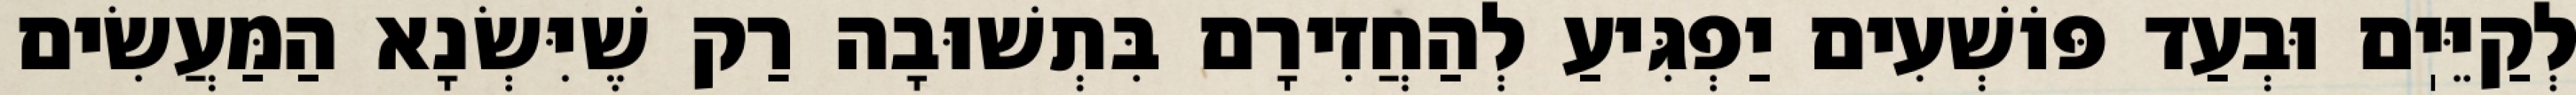
לְקַיֵּיֽם וּבְעַד פּוֹשְׁעִים יַפְגִּיעַ לְהַחֲזִירָם בִּתְשׁוּבָה רַק שֶׁיִּשְׂנָא הַמַּעֲשִׂים